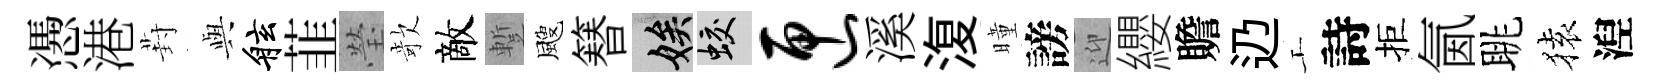
慿港葑𫤰舷韮瑩欹敵蹔颼簮娭蛟匣溪𣸪曈謗迎纓贍辸工詩拒氤眺𫞤湼